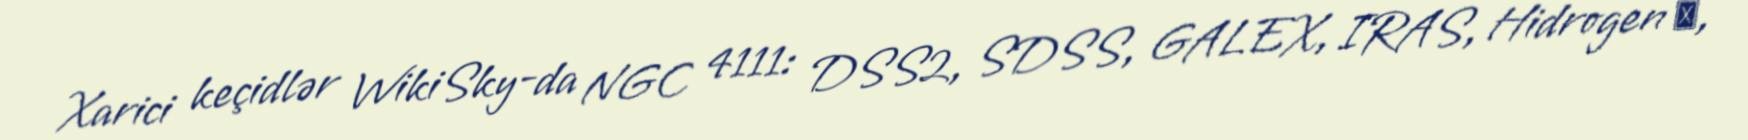
Xarici keçidlər WikiSky-da NGC 4111: DSS2, SDSS, GALEX, IRAS, Hidrogen α,